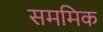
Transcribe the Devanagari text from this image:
सममिक